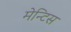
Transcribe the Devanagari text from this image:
मेन्टिस